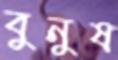
বুনুষ